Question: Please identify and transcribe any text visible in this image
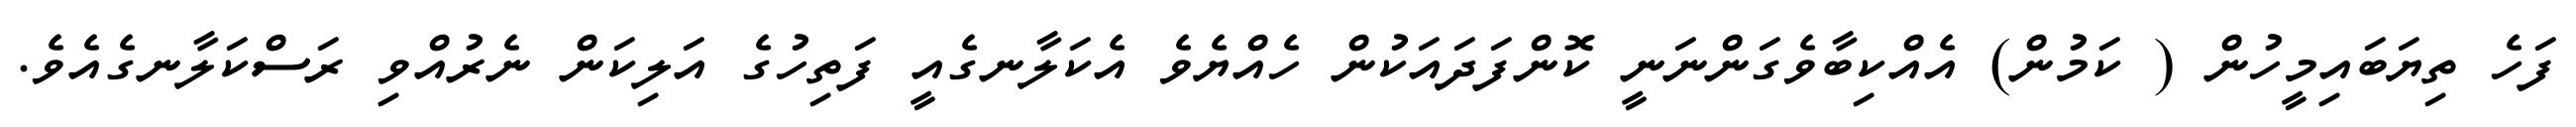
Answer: ފަހެ ތިޔަބައިމީހުން ( ކަމުން) އެއްކިބާވެގަންނަނީ ކޮންފަދައަކުން ހެއްޔެވެ އެކަލާނގެއީ ފަތިހުގެ އަލިކަން ނެރުއްވި ރަސްކަލާނގެއެވެ.